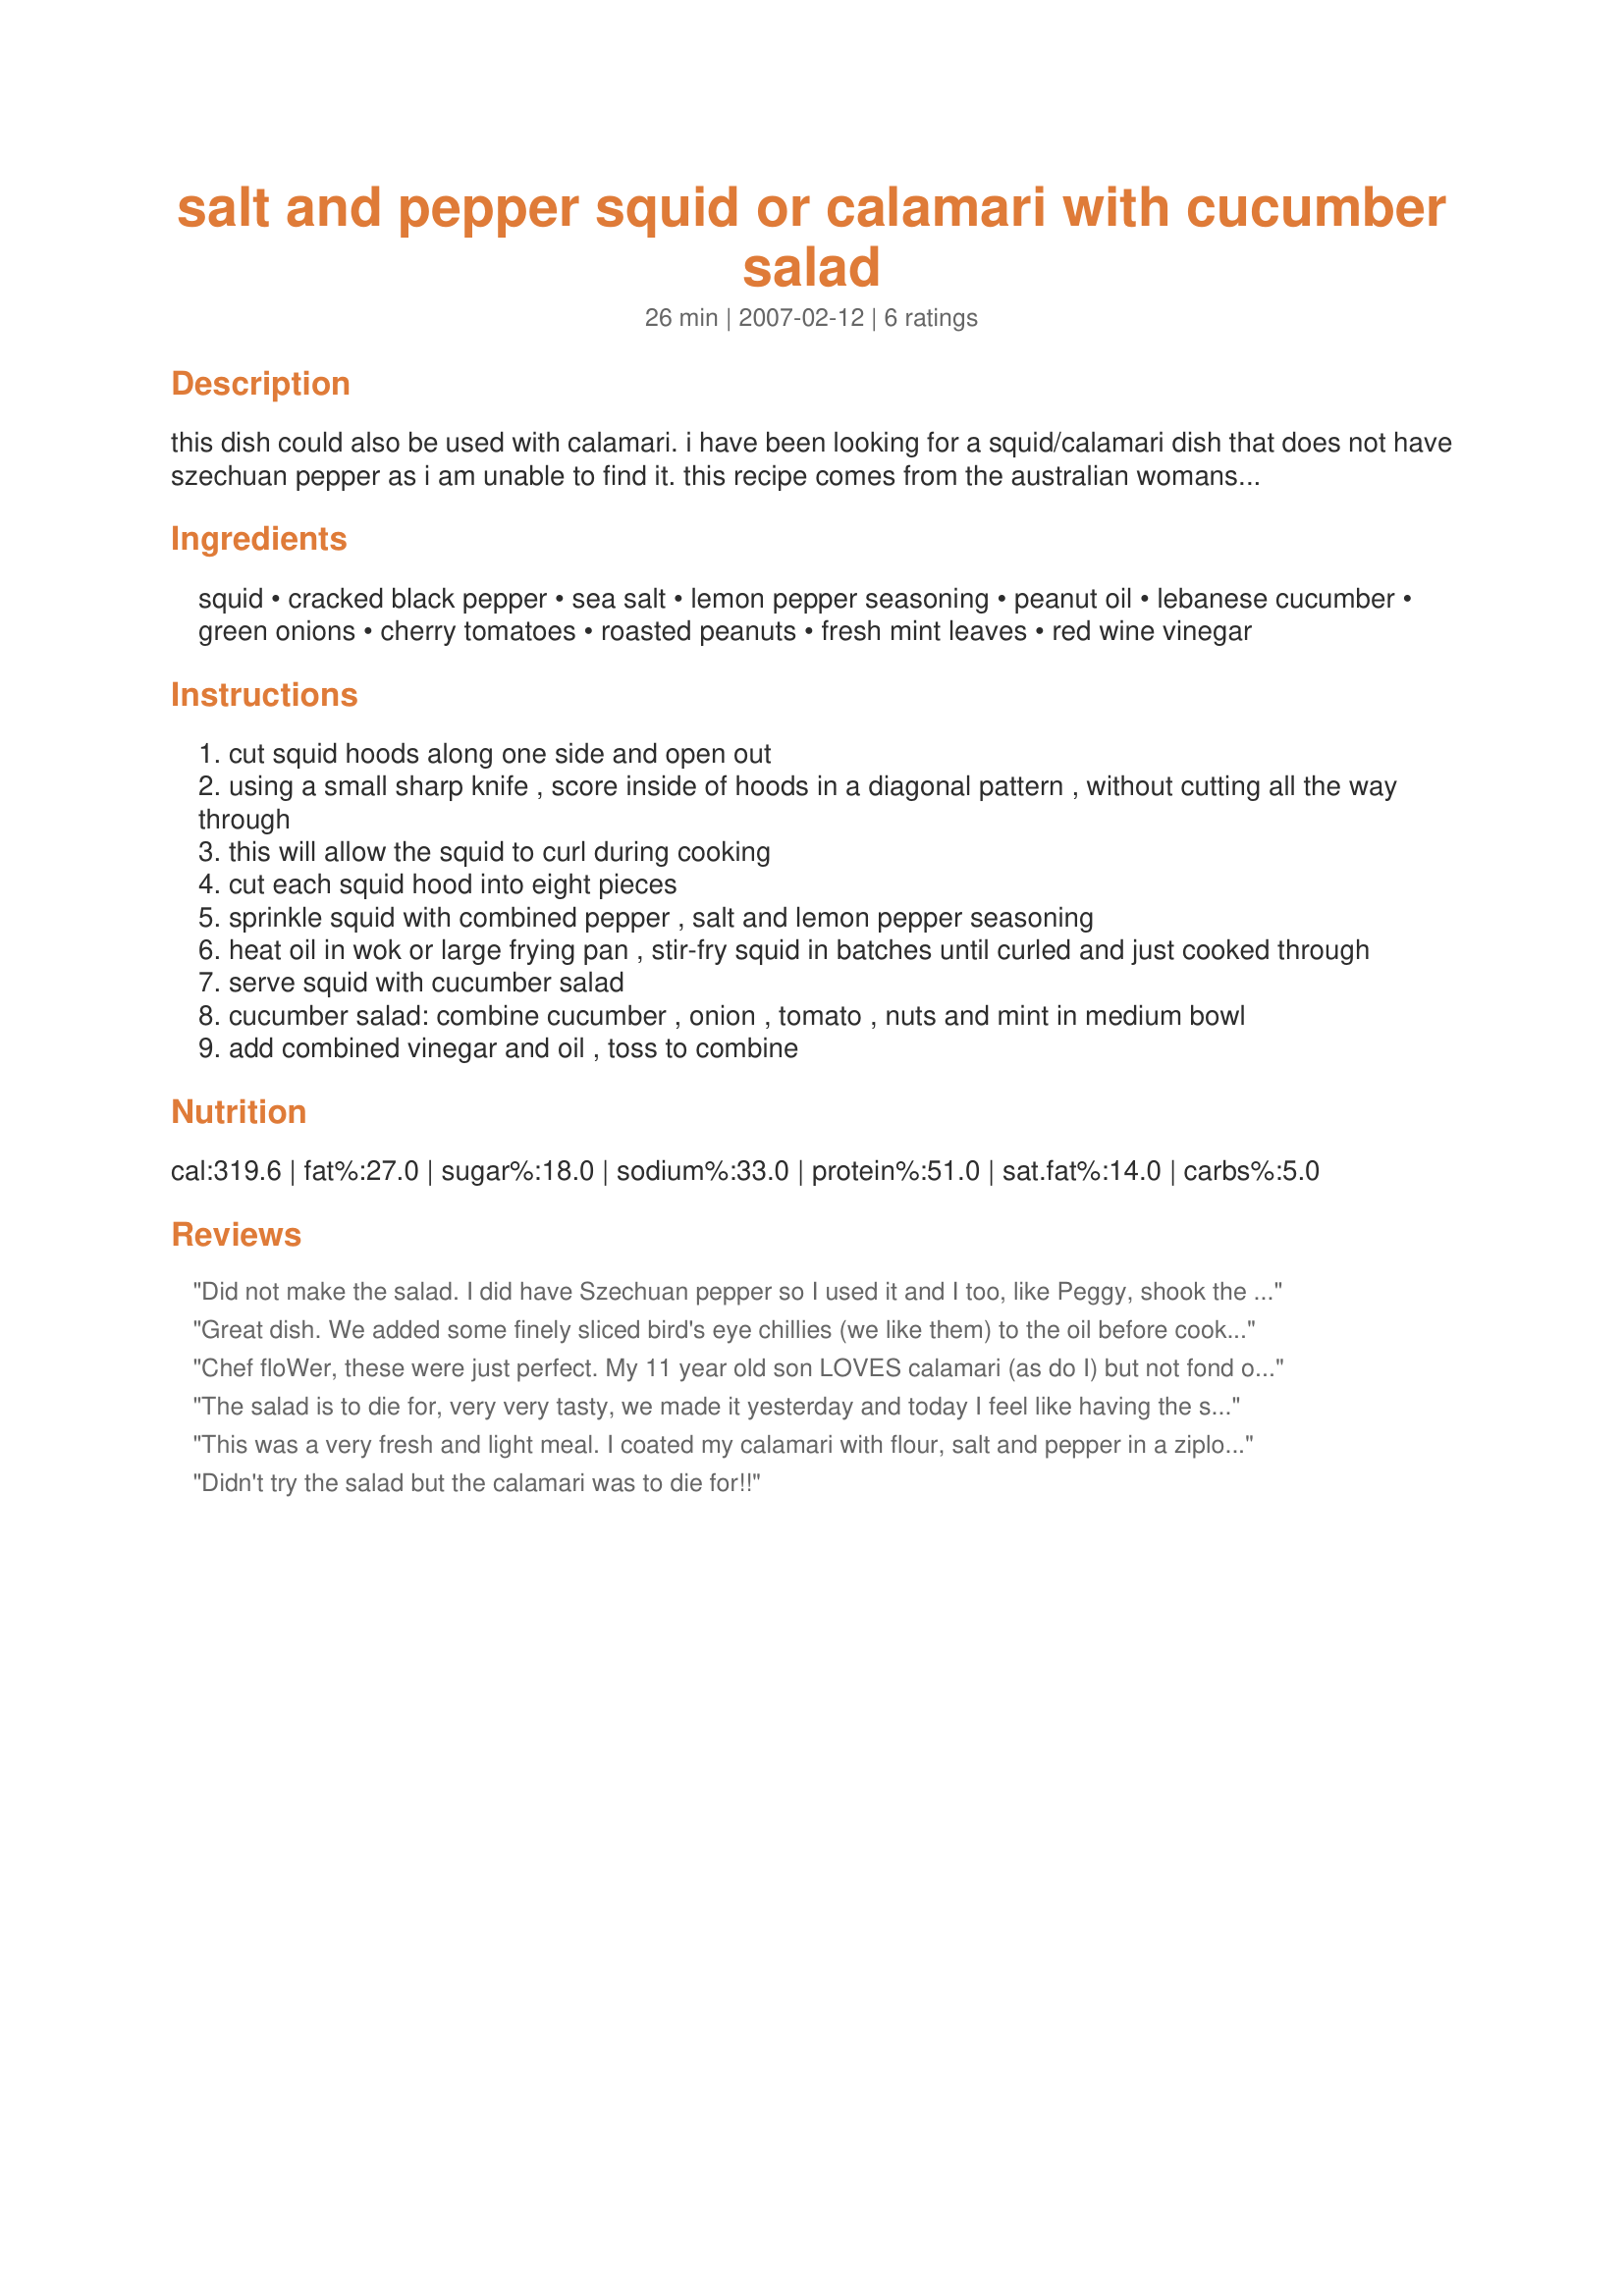
salt and pepper squid or calamari with cucumber salad
Preparation time: 26 minutes

this dish could also be used with calamari. i have been looking for a squid/calamari dish that does not have szechuan pepper as i am unable to find it. this recipe comes from the australian womans weekly simply seafood book.

Ingredients:
squid, cracked black pepper, sea salt, lemon pepper seasoning, peanut oil, lebanese cucumber, green onions, cherry tomatoes, roasted peanuts, fresh mint leaves, red wine vinegar

Steps:
cut squid hoods along one side and open out
using a small sharp knife , score inside of hoods in a diagonal pattern , without cutting all the way through
this will allow the squid to curl during cooking
cut each squid hood into eight pieces
sprinkle squid with combined pepper , salt and lemon pepper seasoning
heat oil in wok or large frying pan , stir-fry squid in batches until curled and just cooked through
serve squid with cucumber salad
cucumber salad: combine cucumber , onion , tomato , nuts and mint in medium bowl
add combined vinegar and oil , toss to combine

Reviews:
Did not make the salad. I did have Szechuan pepper so I used it and I too, like Peggy, shook the calamri, salt and peppers in a plastic bag. This was delicious! I had never cooked calamari before but I sure will again. So simple and good. Thank you.
Great dish. We added some finely sliced bird's eye chillies (we like them) to the oil before cooking the squid. Yummo. I put the seasonings (including some of cornflour) and the squid in a plastic bag, and shook the dickens of out of it all. It's a fast and easy way to add the coating. Also, didn't have peanuts for the salad, but that didn't matter. Made and reviewed for Zaar World Tour.
Chef floWer, these were just perfect. My 11 year old son LOVES calamari (as do I) but not fond of the breaded deep fried style. These really hit the spot, texture and seasoning wise (we didn't make the salad but dipped the calamari in Tzatziki sauce). {Made and reviewed for NZ/AUS recipe swap #31, Aug. 2009}
The salad is to die for, very very tasty, we made it yesterday and today I feel like having the same thing. Our calamari, unfortunately, came out tough, so be careful when you're frying them as they become overdone soon. In the end we toasted a few pieces of bread because we found that the acidic taste of the salad was a bit difficult to take on its own (or with the tough calamari) and there was something missing. We will surely try this recipe again and I hope to master the skill of frying calamari not too much! Thanks a lot for posting, we love trying out new things.
This was a very fresh and light meal. I coated my calamari with flour, salt and pepper in a ziplock bag. I didn't use the peanuts due to nut allergy in the family. I cooked my calamari in the wok with sunflower oil infused with a clove of garlic. Another great recipe from Chef floWer.
Didn't try the salad but the calamari was to die for!!
